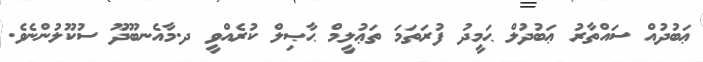
ޢަބުދުއް ސައްތާރު ޢަބުދުލް ޙަމީދު ފުރަތަމަ ތަޢުލީމް ޙާޞިލް ކުރެއްވީ ދ.މާއެނބޫދޫ ސުކޫލުންނެވެ.